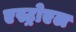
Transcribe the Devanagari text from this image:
एस्ट्रोएल